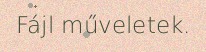
Fájl műveletek.